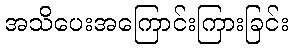
အသိပေးအကြောင်းကြားခြင်း